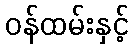
ဝန်ထမ်းနှင့်